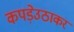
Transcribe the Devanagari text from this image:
कपड़ेउठाकर